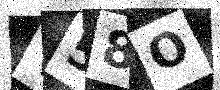
Text: V58O